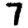
Digit: 7